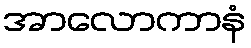
အာလောကာနံ